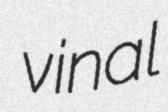
vinal